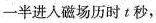
一半进入磁场历时 t 秒，